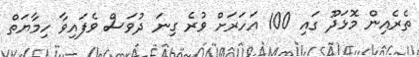
ތެރެއިން މޮޅަދޫ ގައި 100 އަހަރަށް ވުރެ ގިނަ ދުވަސް ވެފައިވާ ހިމާޔަތް